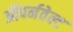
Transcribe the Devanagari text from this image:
ऑपर्नवेल्ट